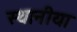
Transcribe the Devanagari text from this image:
स्थानीया